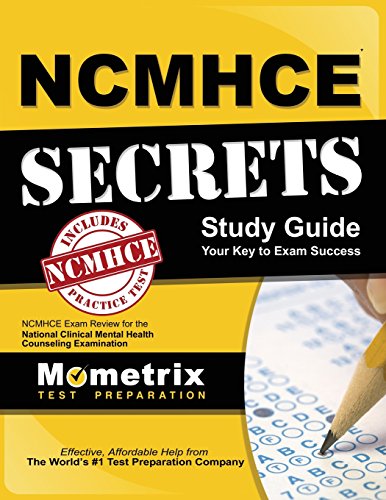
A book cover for NCMHCE Secrets Study Guide: NCMHCE Exam Review for the National Clinical Mental Health Counseling Examination; NCMHCE Exam Secrets Test Prep Team; Test Preparation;